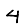
Digit: 4